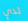
لدي